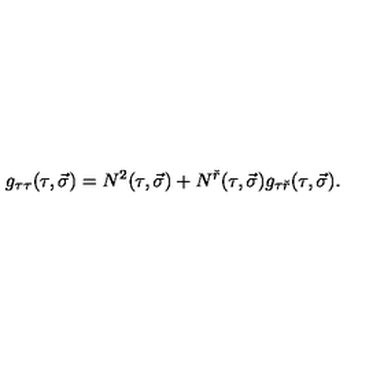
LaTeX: g _ { \tau \tau } ( \tau , \vec { \sigma } ) = N ^ { 2 } ( \tau , \vec { \sigma } ) + N ^ { \check { r } } ( \tau , \vec { \sigma } ) g _ { \tau \check { r } } ( \tau , \vec { \sigma } ) .